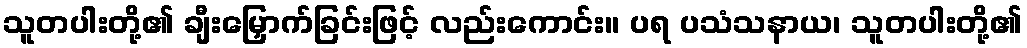
သူတပါးတို့၏ ချီးမြှောက်ခြင်းဖြင့် လည်းကောင်း။ ပရ ပသံသနာယ၊ သူတပါးတို့၏